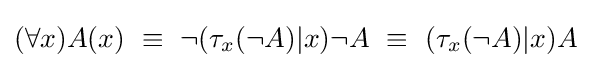
(\forall x)A(x)\ \equiv \ \neg (\tau _{x}(\neg A)|x)\neg A\ \equiv \ (\tau _{x}(\neg A)|x)A